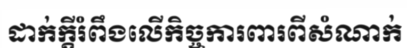
ដាក់ក្តីរំពឹងលើកិច្ចការពារពីសំណាក់